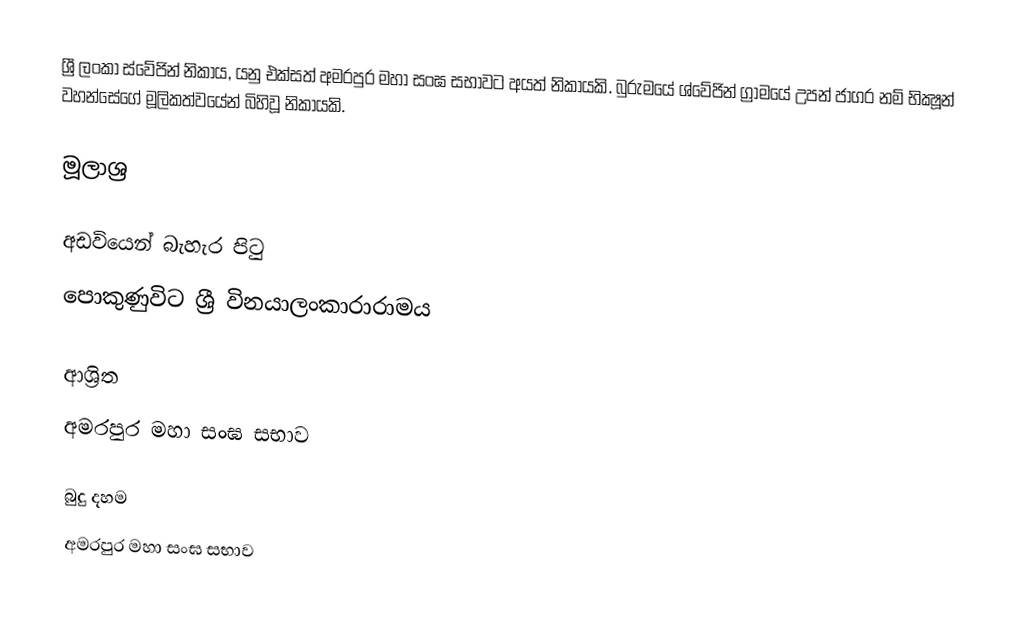
ශ්‍රී ලංකා ස්වේජින් නිකාය, යනු එක්සත් අමරපුර මහා සංඝ සභාවට අයත් නිකායකි.  බුරුමයේ ශ්වේජින් ග්‍රාමයේ උපන් ජාගර නම් භික්‍ෂූන් වහන්සේගේ මූලිකත්වයේන් බිහිවූ නිකායකි.

මූලාශ්‍ර

අඩවියෙන් බැහැර පිටු
 පොකුණුවිට ශ්‍රී විනයාලංකාරාරාමය

ආශ්‍රිත
 අමරපුර මහා සංඝ සභාව

බුදු දහම
අමරපුර මහා සංඝ සභාව